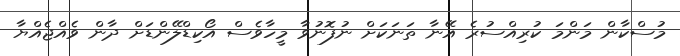
މުސްކާން މަންމަ ކުރިއްސުރެ އޭނާ ތަނަކަށް ނުފޮނުވާ މީހާވެސް އޯކިޑްލޭންޑަށް ދާން ވެއްޖެއްޔާ